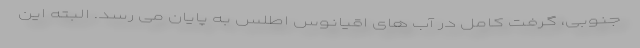
جنوبی، گرفت کامل در آب های اقیانوس اطلس به پایان می رسد. البته این